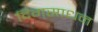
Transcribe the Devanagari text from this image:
दिग्‌साधन